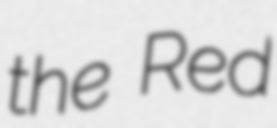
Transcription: the Red